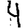
Digit: 4